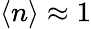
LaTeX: \langle n\rangle\approx 1